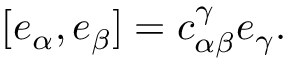
[ e _ { \alpha } , e _ { \beta } ] = c _ { \alpha \beta } ^ { \gamma } e _ { \gamma } .